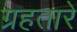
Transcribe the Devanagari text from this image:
ग्रहतारे